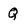
Character: Q